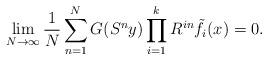
LaTeX: \begin{align*}\lim_{N\to\infty}\frac1N\sum_{n=1}^N G(S^ny) \prod_{i=1}^k R^{in}\tilde{f}_i(x)=0.\end{align*}